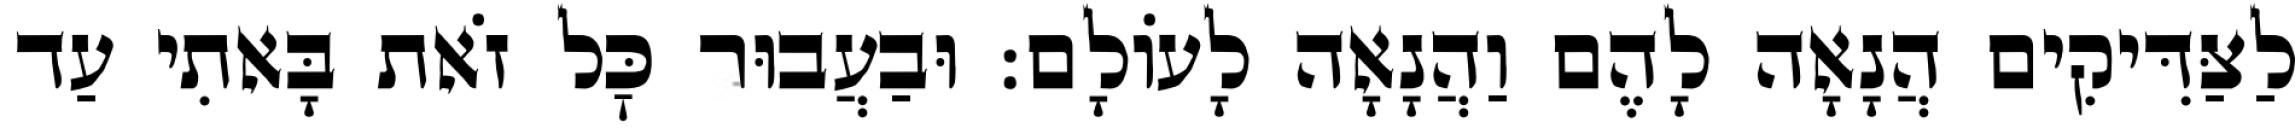
לַצַּדִּיקִים הֲנָאָה לָהֶם וַהֲנָאָה לָעוֹלָם: וּבַעֲבוּר כׇּל זֹאת בָּאתִי עַד